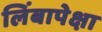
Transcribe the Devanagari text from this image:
लिंबापेक्षा